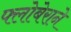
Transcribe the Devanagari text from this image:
फ्लोबेराने